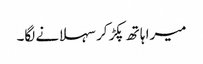
میرا ہاتھ پکڑ کر سہلانے لگا۔